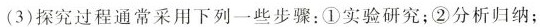
(3)探究过程通常采用下列一些步骤：①实验研究；②分析归纳；